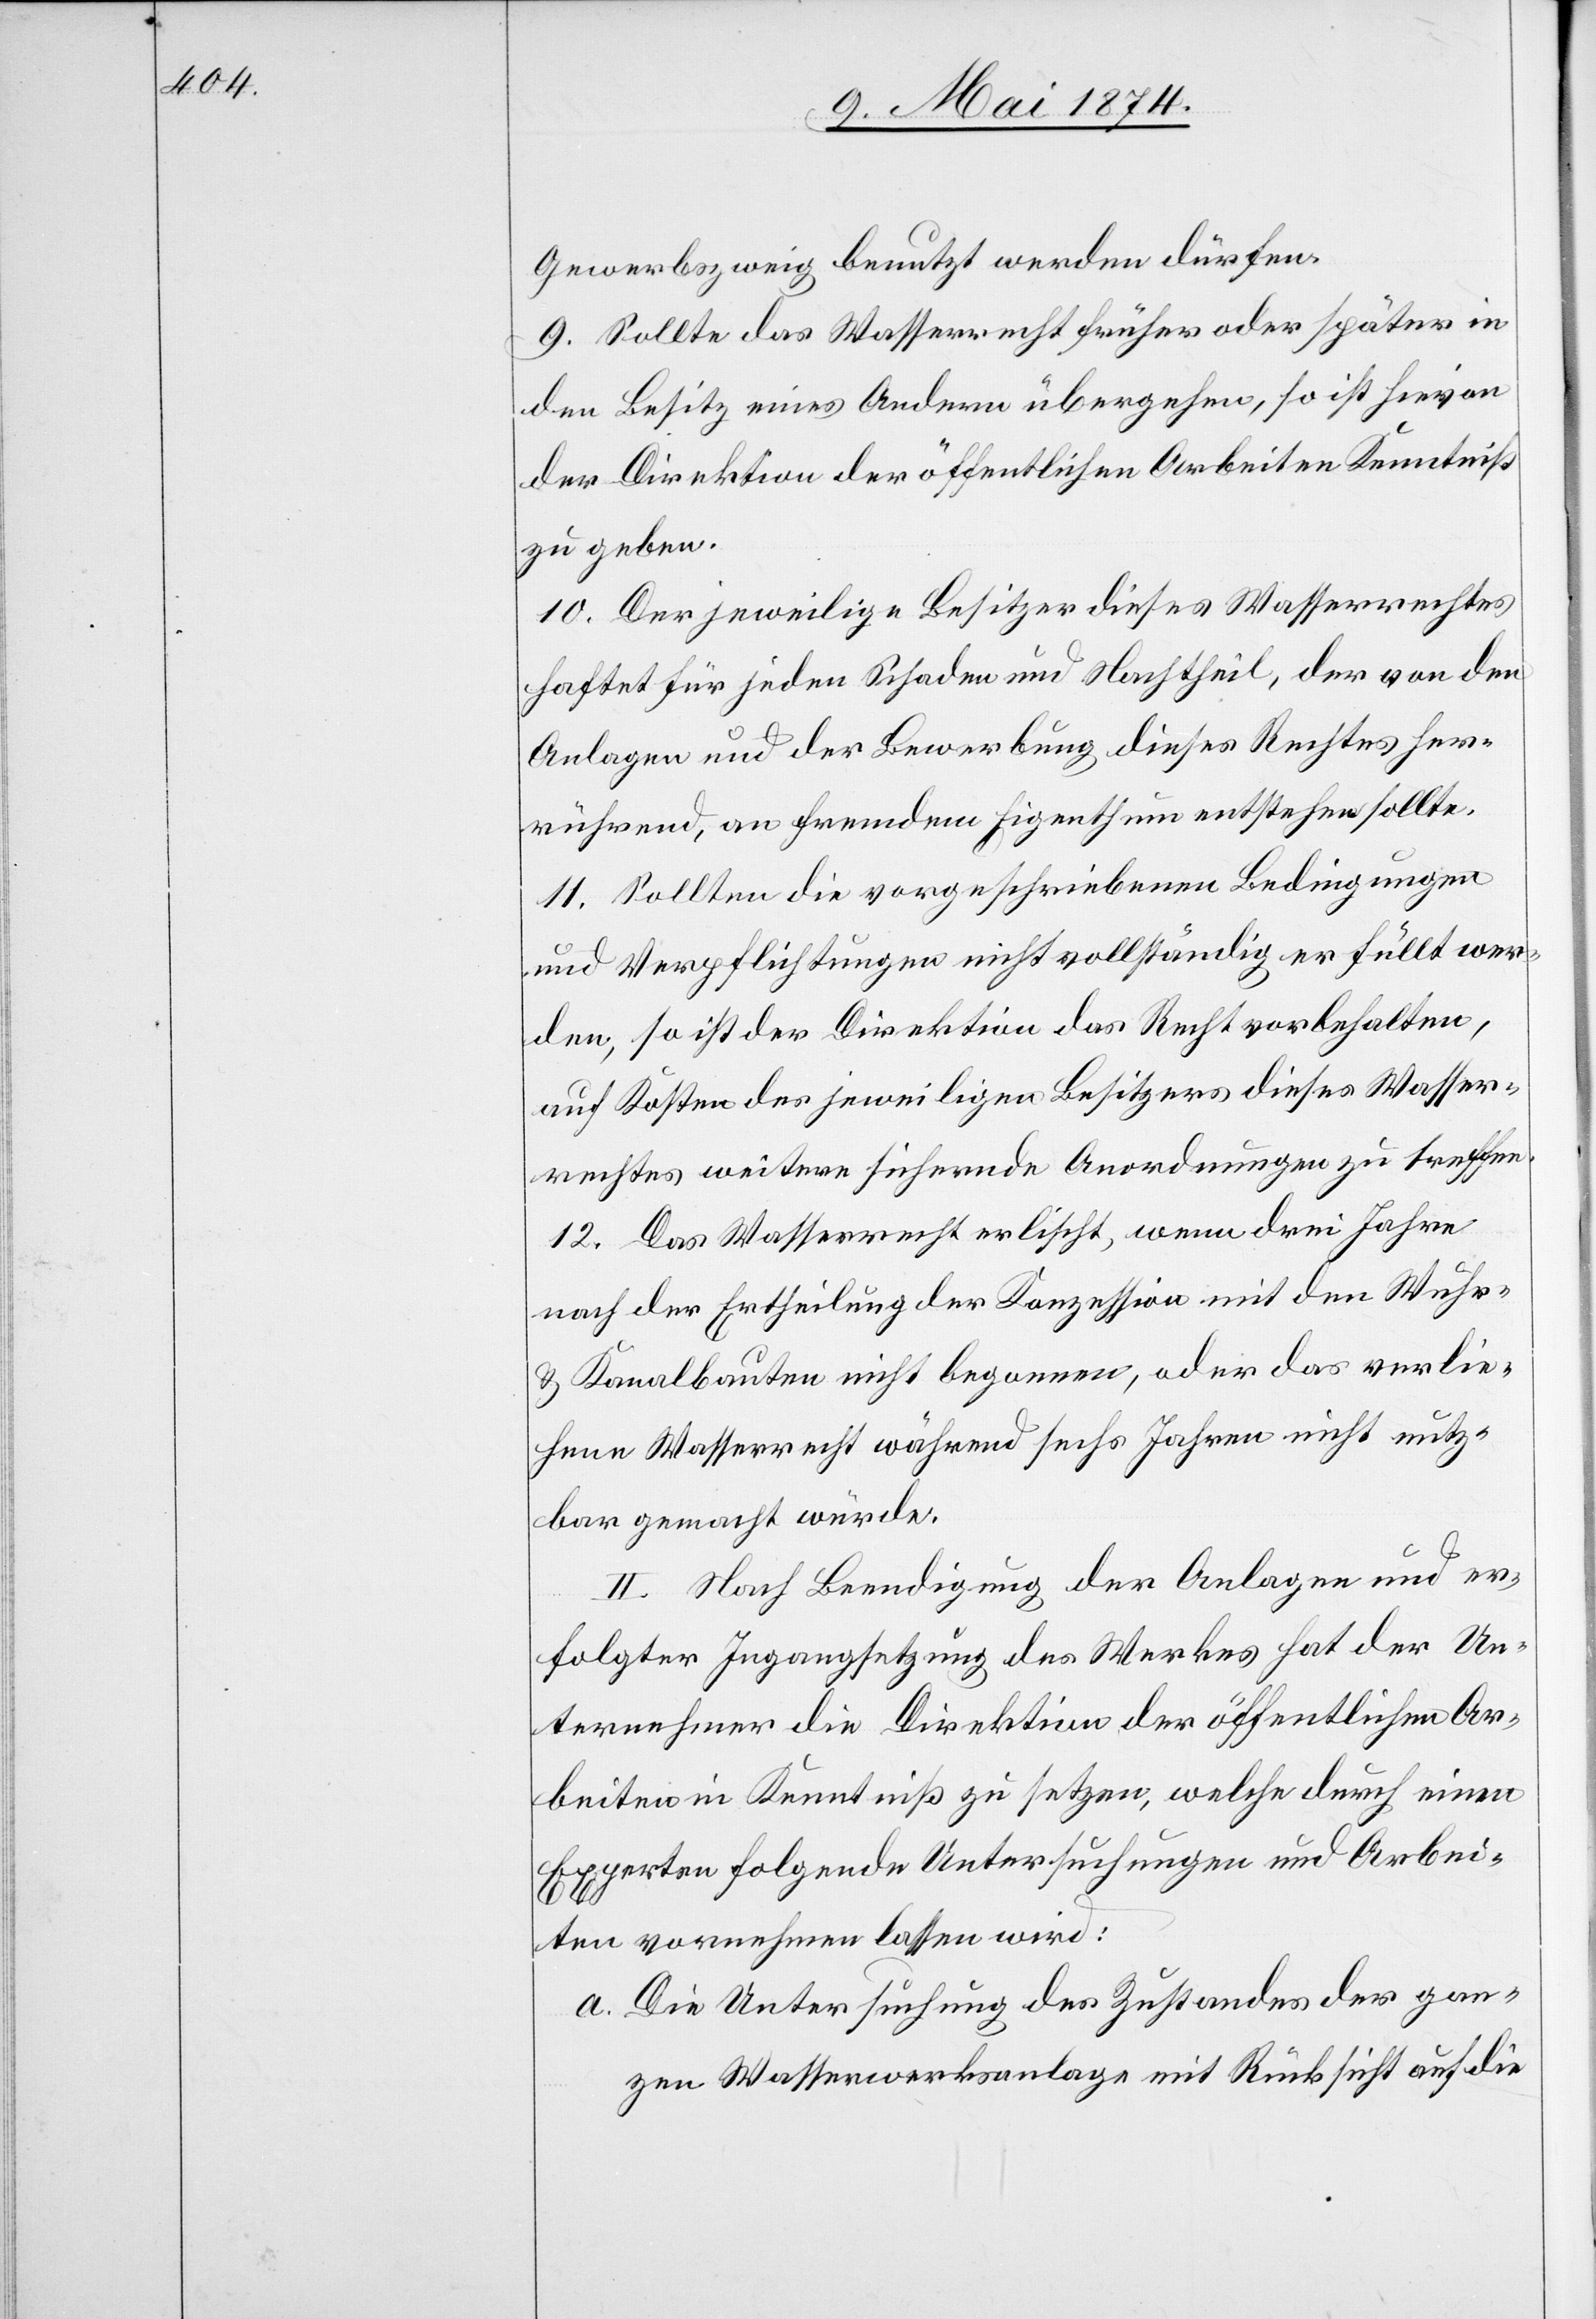
Gewerbszweig benutzt werden dürfen.
9. Sollte das Wasserrecht früher oder später in
den Besitz eines Andern übergehen, so ist hievon
der Direktion der öffentlichen Arbeiten Kenntniß
zu geben.
10. Der jeweilige Besitzer dieses Wasserrechtes
haftet für jeden Schaden und Nachtheil, der von den
Anlagen und der Bewerbung dieses Rechtes her¬
rührend, an fremdem Eigenthum entstehen sollte.
11. Sollten die vorgeschriebenen Bedingungen
und Verpflichtungen nicht vollständig erfüllt wer¬
den, so ist der Direktion das Recht vorbehalten,
auf Kosten des jeweiligen Besitzers dieses Wasser¬
werkes weitere sichernde Anordnungen zu treffen.
12. Das Wasserrecht erlischt, wenn drei Jahre
nach der Ertheilung der Konzession mit den Wuhr-
u. Kanalbauten nicht begonnen, oder das verlie¬
hene Wasserrecht während sechs Jahren nicht nutz¬
bar gemacht würde.
II. Nach Beendigung der Anlagen und er¬
folgter Ingangsetzung des Werkes hat der Un¬
ternehmer die Direktion der öffentlichen Ar¬
beiten in Kenntniß zu setzen, welche durch einen
Experten folgende Untersuchungen und Arbei¬
ten vornehmen lassen wird:
a. Die Untersuchung des Zustandes der gan¬
zen Wasserwerksanlage mit Rücksicht auf die